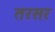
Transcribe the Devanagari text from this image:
तरसर